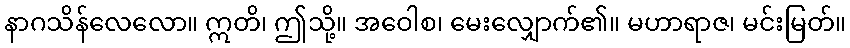
နာဂသိန်လေလော။ ဣတိ၊ ဤသို့။ အဝေါစ၊ မေးလျှောက်၏။ မဟာရာဇ၊ မင်းမြတ်။